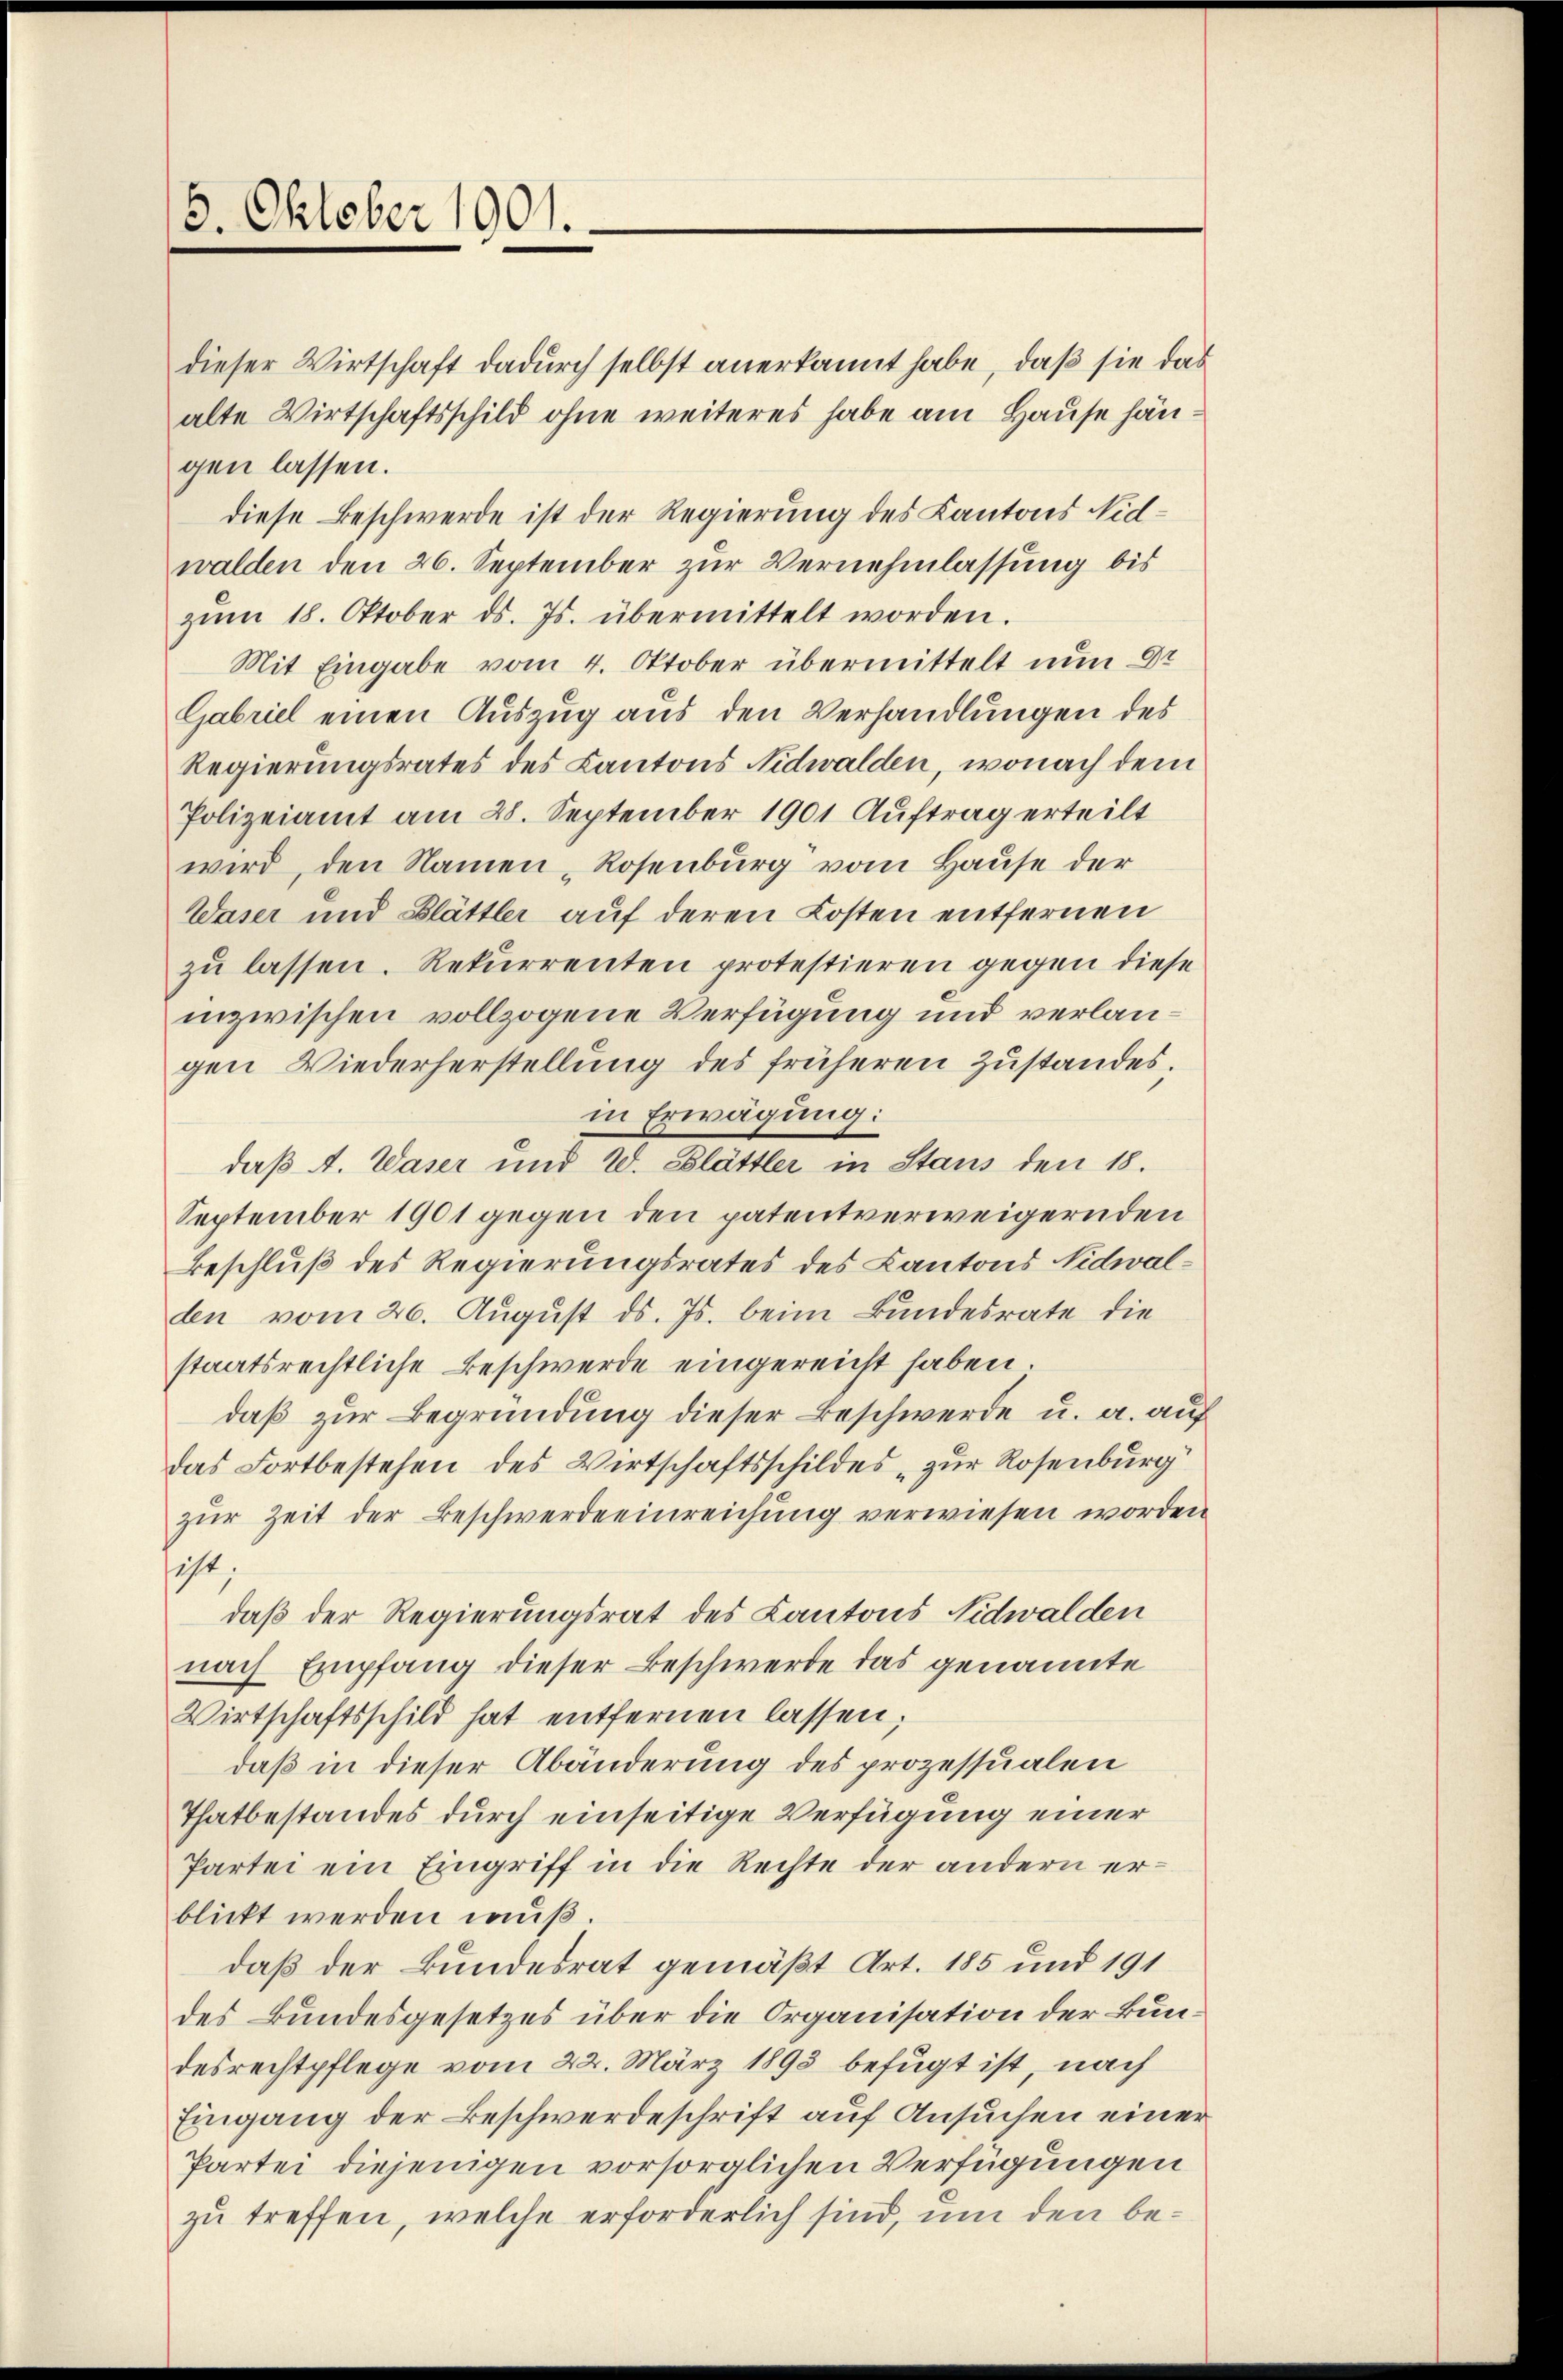
5. Oktober 1901.

dieser Wirtschaft dadurch selbst anerkannt habe, daß sie das
alte Wirtschaftsschild ohne weiteres habe am Hause hängen lassen.
diese Beschwerde ist der Regierung des Kantons Nidwalden den 26. September zur Vernehmlassung bis
zŭm 18. Oktober ds. Js. übermittelt worden.
Mit Eingabe vom 4. Oktober übermittelt nun Dr
Gabriel einen Auszug aus den Verhandlungen des
Regierungsrates des Kantons Nidwalden, wonach dem
Polizeiamt am 28. September 1901 Auftrag erteilt
wird, den Namen „Rosenburg vom Hause der
Waser und Blättler auf deren Kosten entfernen
zu lassen. Rekurrenten protestieren gegen diese
inzwischen vollzogene Verfügung und verlangen Wiederherstellung des früheren Zustandes.
in Erwägung:
daß A. Waser und W. Blättler in Staus den 18.
September 1901 gegen den patentverweigernden
Beschluß des Regierungsrates des Cantons Nidwalden vom 26. August ds. Js. beim Bundesrate die
staatsrechtliche Beschwerde eingereicht haben.
daß zur Begründung dieser Beschwerde u. a. auf
das Fortbestehen des Wirtschaftsschildes „zur Rosenburg
zŭr Zeit der Beschwerdeeinreichung verwiesen worden
ist;
daß der Regierungsrat des Kantons Nidwalden
nach Empfang dieser Beschwerde das genannte
Wirtschaftsschild hat entfernen lassen;
daß in dieser Abänderung des prozessualen
Thatbestandes durch einseitige Verfügung einer
Partei ein Eingriff in die Rechte der andern erblickt werden muß.
daß der Bundesrat gemäß Art. 185 und 191
des Bundesgesetzes über die Organisation der Bundesrechtpflege vom 22. März 1893 befugt ist, nach
Eingang der Beschwerdeschrift auf Ansuchen einer
Partei diejenigen vorsorglichen Verfügungen
zu treffen, welche erforderlich sind, um den be¬